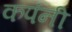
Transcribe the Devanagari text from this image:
कपंनी